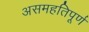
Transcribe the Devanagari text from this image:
असमहतिपूर्ण